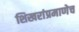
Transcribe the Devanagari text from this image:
शिखरांप्रमाणेच